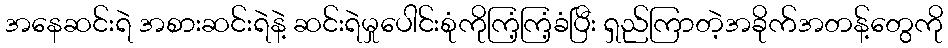
အနေဆင်းရဲ အစားဆင်းရဲနဲ့ ဆင်းရဲမှုပေါင်းစုံကိုကြံ့ကြံ့ခံပြီး ရှည်ကြာတဲ့အခိုက်အတန့်တွေကို